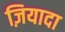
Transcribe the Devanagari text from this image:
ज़ियादा